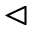
\vartriangleleft